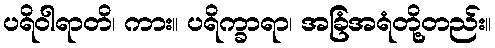
ပရိဝါရာတိ၊ ကား။ ပရိက္ခာရာ၊ အခြံအရံတို့တည်း။